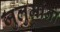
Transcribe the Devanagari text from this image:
जुलुमांना